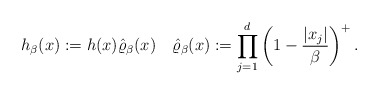
\begin{align*}h_\beta(x) := h(x)\hat\varrho_\beta(x)\quad\hat\varrho_\beta(x):=\prod_{j=1}^d \left(1-\frac{|x_j|}{\beta}\right)^+.\end{align*}